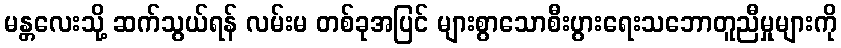
မန္တလေးသို့ ဆက်သွယ်ရန် လမ်းမ တစ်ခုအပြင် များစွာသောစီးပွားရေးသဘောတူညီမှုများကို